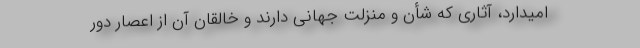
امیدارد، آثاری که شأن و منزلت جهانی دارند و خالقان آن از اعصار دور